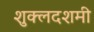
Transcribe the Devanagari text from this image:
शुक्लदशमी